Leprosy in India: report of the Leprosy Commission in India, 1890-91
Year: 1890
Disease focus: Leprosy
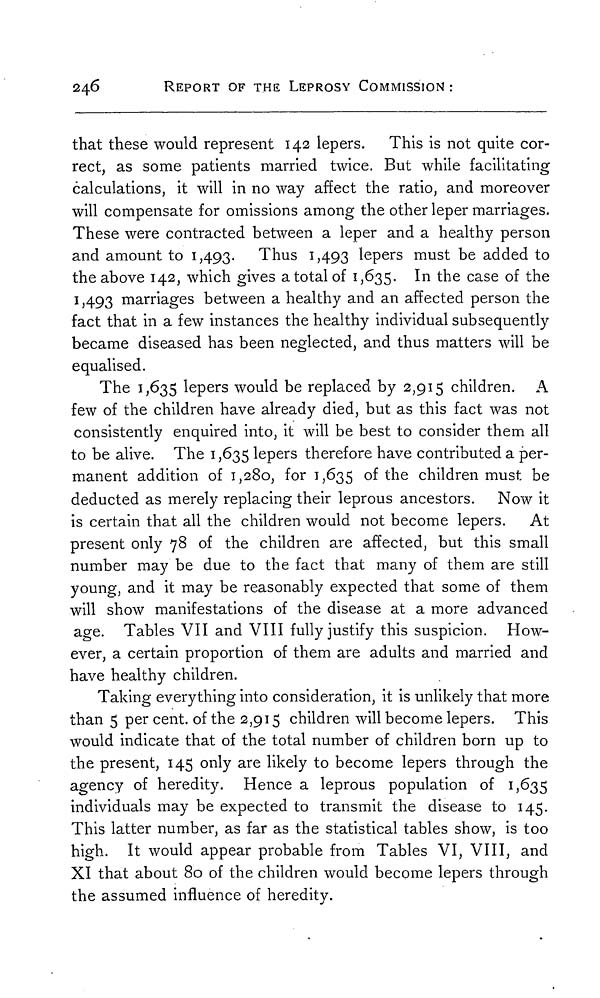
246
REPORT OF THE LEPROSY COMMISSION :
that these would represent 142 lepers. This is not quite cor-
rect, as some patients married twice. But while facilitating
calculations, it will in no way affect the ratio, and moreover
will compensate for omissions among the other leper marriages.
These were contracted between a leper and a healthy person
and amount to 1,493. Thus 1,493 lepers must be added to
the above 142, which gives a total of 1,635. In the case of the
1,493 marriages between a healthy and an affected person the
fact that in a few instances the healthy individual subsequently
became diseased has been neglected, and thus matters will be
equalised.
The 1,635 lepers would be replaced by 2,915 children. A
few of the children have already died, but as this fact was not
consistently enquired into, it will be best to consider them all
to be alive. The 1,635 lepers therefore have contributed a per-
manent addition of 1,280, for 1,635 of the children must be
deducted as merely replacing their leprous ancestors. Now it
is certain that all the children would not become lepers. At
present only 78 of the children are affected, but this small
number may be due to the fact that many of them are still
young, and it may be reasonably expected that some of them
will show manifestations of the disease at a more advanced
age. Tables VII and VIII fully justify this suspicion. How-
ever, a certain proportion of them are adults and married and
have healthy children.
Taking everything into consideration, it is unlikely that more
than 5 per cent. of the 2,915 children will become lepers. This
would indicate that of the total number of children born up to
the present, 145 only are likely to become lepers through the
agency of heredity. Hence a leprous population of 1,635
individuals may be expected to transmit the disease to 145.
This latter number, as far as the statistical tables show, is too
high. It would appear probable from Tables VI, VIII, and
XI that about 80 of the children would become lepers through
the assumed influence of heredity.